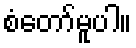
စံတော်မူပါ။